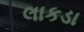
લાકડા